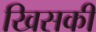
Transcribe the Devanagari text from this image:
खिसकी